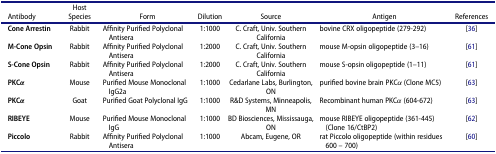
<table><thead><tr><td><b>Antibody</b></td><td><b>Host Species</b></td><td><b>Form</b></td><td><b>Dilution</b></td><td><b>Source</b></td><td><b>Antigen</b></td><td><b>References</b></td></tr></thead><tbody><tr><td><b>Cone Arrestin</b></td><td>Rabbit</td><td>Affinity Purified Polyclonal Antisera</td><td>1:1000</td><td>C. Craft, Univ. Southern California</td><td>bovine CRX oligopeptide (279-292)</td><td>[36]</td></tr><tr><td><b>M-Cone Opsin</b></td><td>Rabbit</td><td>Affinity Purified Polyclonal Antisera</td><td>1:2000</td><td>C. Craft, Univ. Southern California</td><td>mouse M-opsin oligopeptide (3–16)</td><td>[61]</td></tr><tr><td><b>S-Cone Opsin</b></td><td>Rabbit</td><td>Affinity Purified Polyclonal Antisera</td><td>1:2000</td><td>C. Craft, Univ. Southern California</td><td>mouse S-opsin oligopeptide (1–11)</td><td>[61]</td></tr><tr><td><b>PKCα</b></td><td>Mouse</td><td>Purified Mouse Monoclonal IgG2a</td><td>1:1000</td><td>Cedarlane Labs, Burlington, ON</td><td>purified bovine brain PKCα (Clone MC5)</td><td>[63]</td></tr><tr><td><b>PKCα</b></td><td>Goat</td><td>Purified Goat Polyclonal IgG</td><td>1:1000</td><td>R&amp;D Systems, Minneapolis, MN</td><td>Recombinant human PKCα (604-672)</td><td>[63]</td></tr><tr><td><b>RIBEYE</b></td><td>Mouse</td><td>Purified Mouse Monoclonal IgG</td><td>1:1000</td><td>BD Biosciences, Mississauga, ON</td><td>mouse RIBEYE oligopeptide (361-445) (Clone 16/CtBP2)</td><td>[62]</td></tr><tr><td><b>Piccolo</b></td><td>Rabbit</td><td>Affinity Purified Polyclonal Antisera</td><td>1:1000</td><td>Abcam, Eugene, OR</td><td>rat Piccolo oligopeptide (within residues 600 – 700)</td><td>[60]</td></tr></tbody></table>